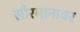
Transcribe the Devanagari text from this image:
सौरमानावर